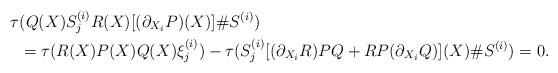
LaTeX: \begin{align*} \tau&(Q(X)S^{(i)}_jR(X)[(\partial_{X_i}P)(X)]\#S^{(i)})\\&=\tau(R(X)P(X)Q(X) \xi^{(i)}_j)-\tau(S^{(i)}_j[(\partial_{X_i}R)PQ+RP(\partial_{X_i}Q)](X)\#S^{(i)})=0. \end{align*}